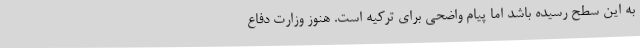
به این سطح رسیده باشد اما پیام واضحی برای ترکیه است. هنوز وزارت دفاع